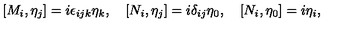
[ M _ { i } , \eta _ { j } ] = i \epsilon _ { i j k } \eta _ { k } , \quad [ N _ { i } , \eta _ { j } ] = i \delta _ { i j } \eta _ { 0 } , \quad [ N _ { i } , \eta _ { 0 } ] = i \eta _ { i } ,